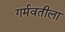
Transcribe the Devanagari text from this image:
गर्मवतीला